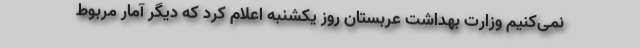
نمی‌کنیم وزارت بهداشت عربستان روز یکشنبه اعلام کرد که دیگر آمار مربوط